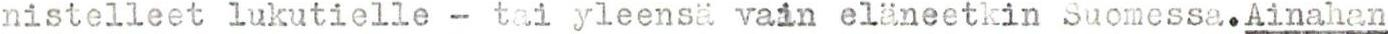
nistelleet lukutielle - tai yleensä vain eläneetkin Suomessa. Ainahan